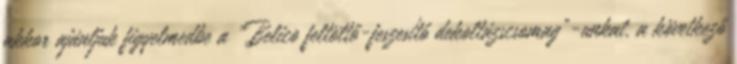
akkor ajánljuk figyelmedbe a „Belico feltöltő-feszesítő dekoltázscsomag”-unkat, a következő